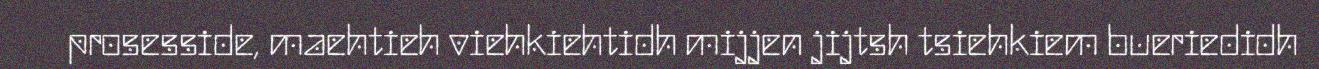
prosesside, maehtieh viehkiehtidh mijjen jijtsh tsiehkiem bueriedidh